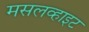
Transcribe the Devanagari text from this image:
मसलव्हाइट